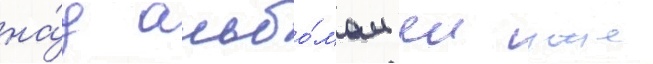
на́д альбо́мом еи уже